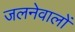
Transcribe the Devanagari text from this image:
जलनेवालों